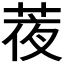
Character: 𦲹